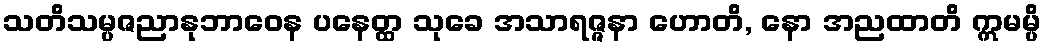
သတိသမ္ပဇညာနုဘာဝေန ပနေတ္ထ သုခေ အသာရဇ္ဇနာ ဟောတိ, နော အညထာတိ ဣမမ္ပိ